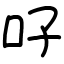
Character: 吇